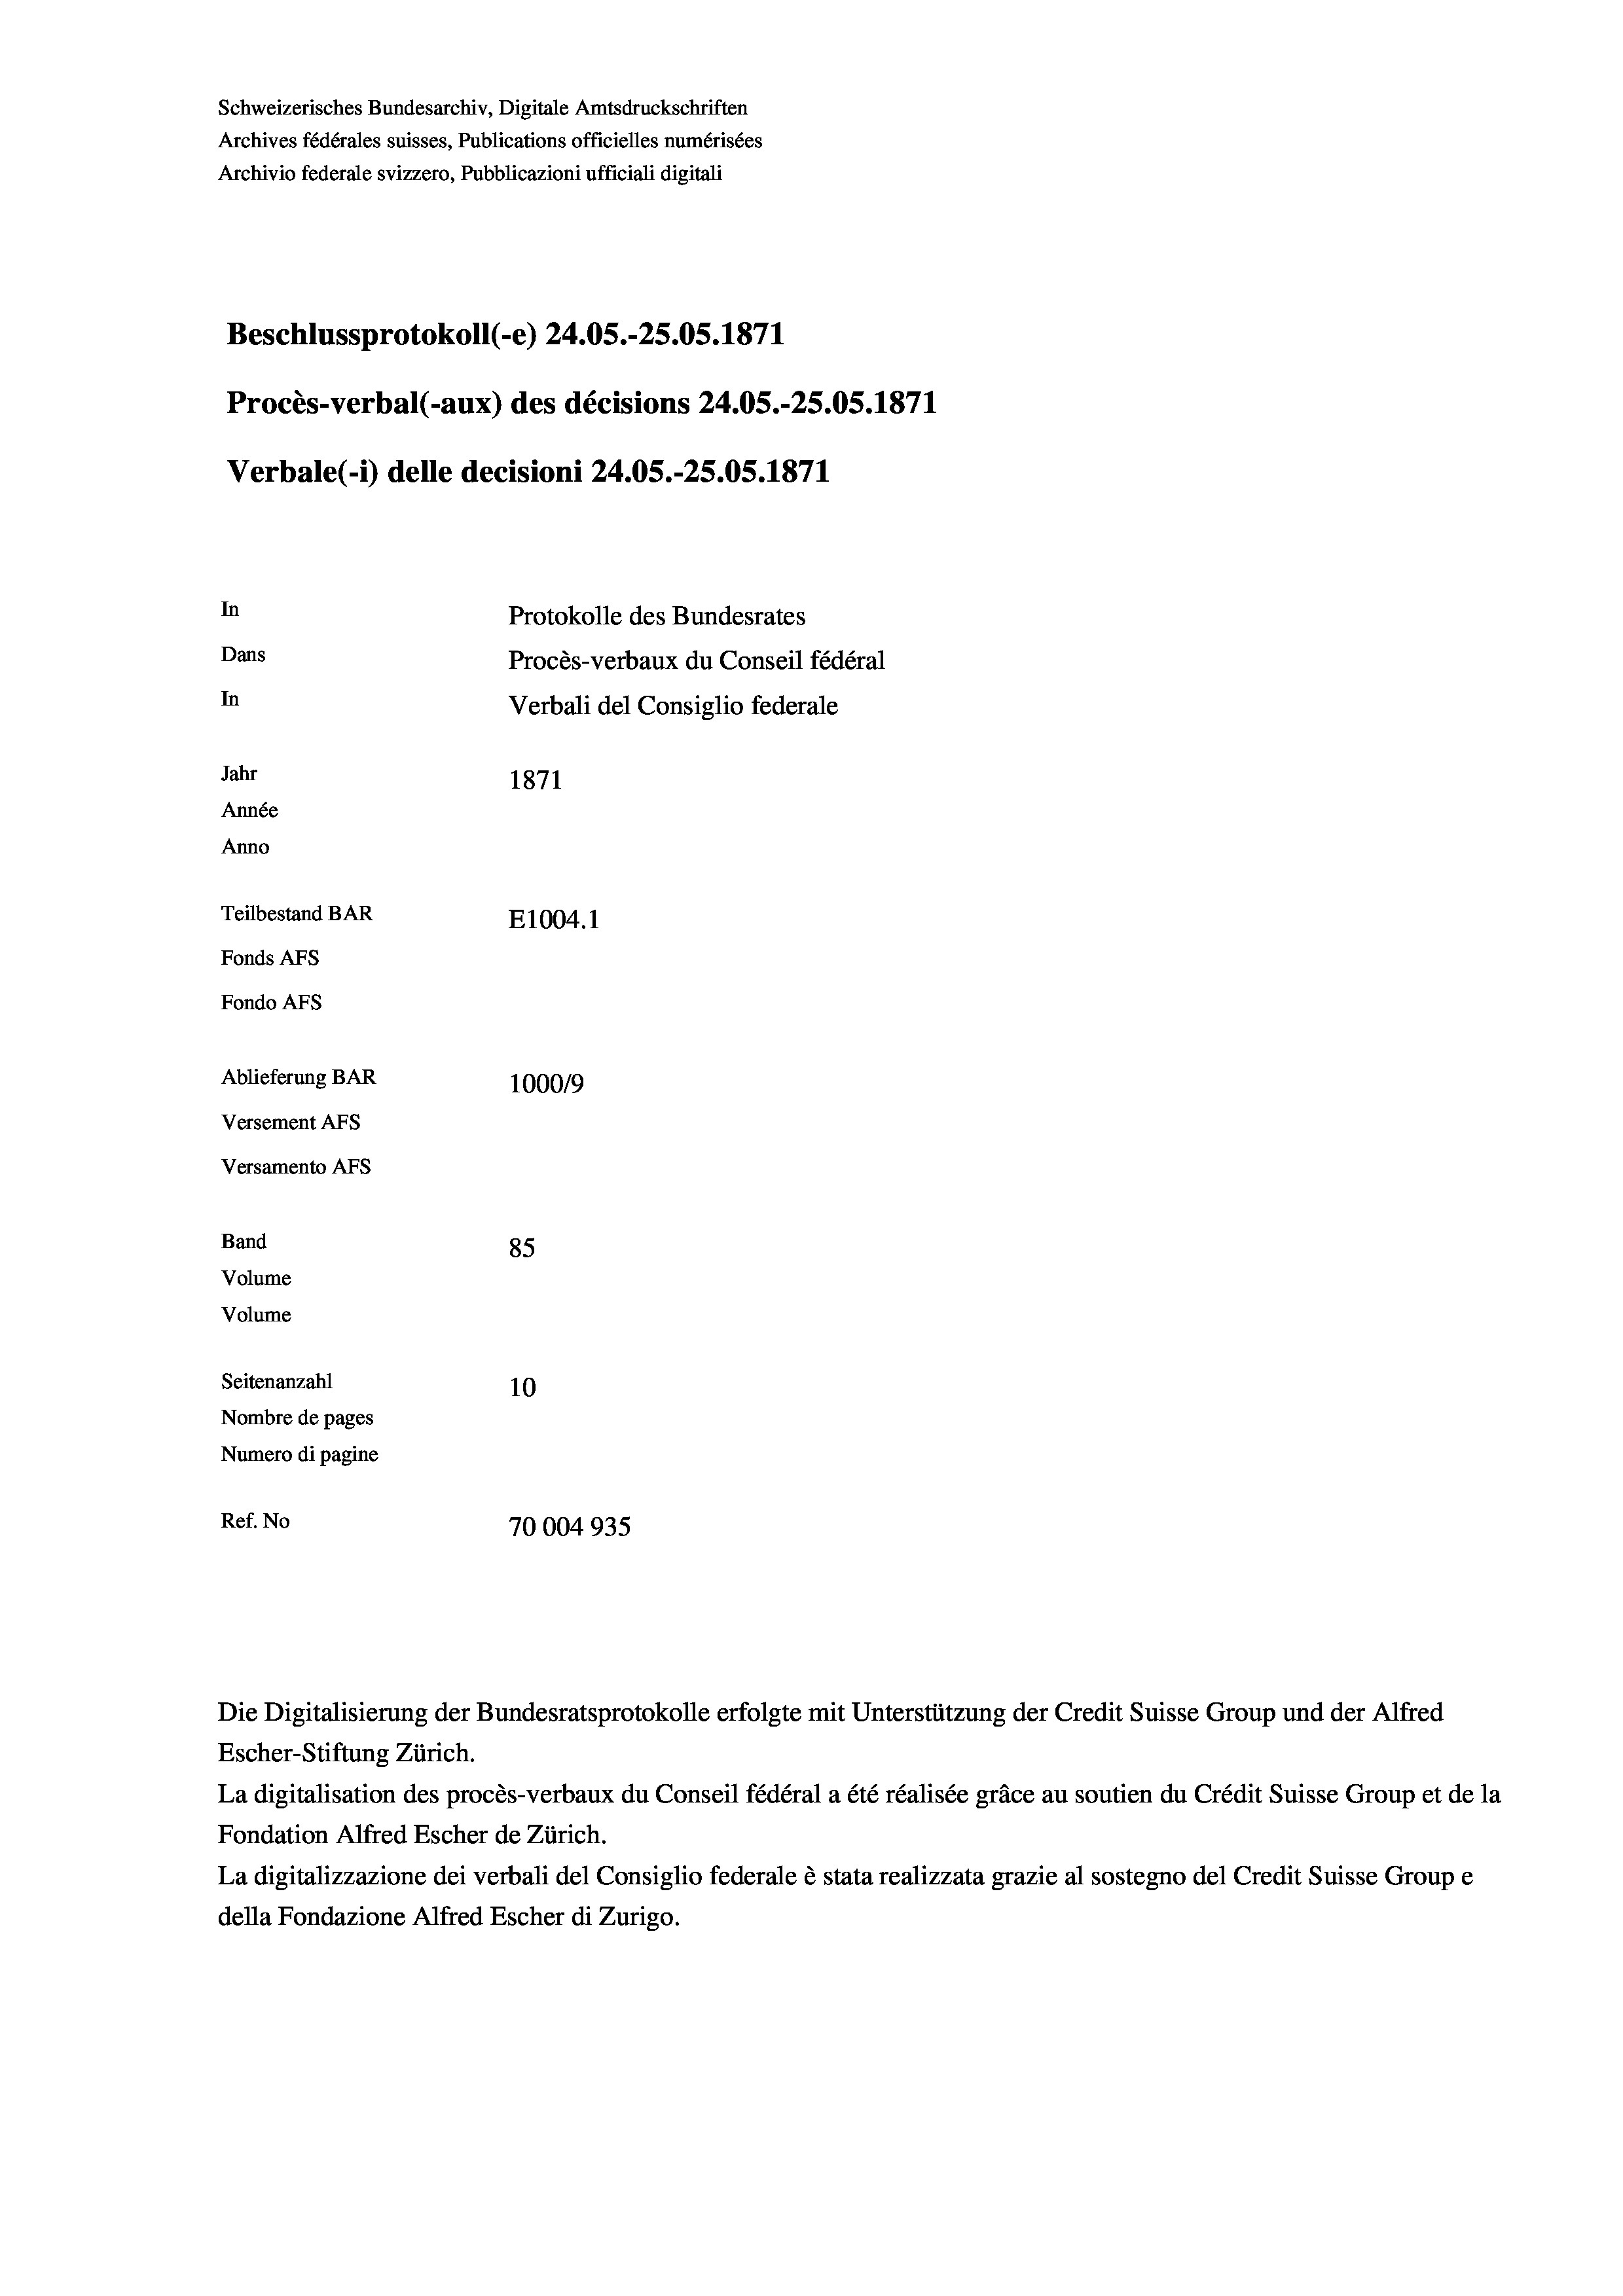
Schweizerisches Bundesarchiv, Digitale Amtsdruckschriften
Archives fédérales suisses, Publications officielles numérisées
Archivio federale svizzero, Pubblicazioni ufficiali digitali
Beschlussprotokoll (-e) 24.05.-25.05. 1871
Procès-verbal (-aux) des décisions 24.05.-25.05. 1871
Verbale(-*) delle decisioni 24.05.-25.05. 1871
In
Protokolle des Bundesrates
Dans
Procès-verbaux du Conseil fédéral
In
Verbali del Consiglio federale
Jahr
1871
Année
Anno
Teilbestand BAR
E1004. 1
Fonds AFs
Fondo AFS
Ablieferung BAR
100019
Versement AFs
Versamento AFs
Band
85
Volume
Volume
Seitenanzahl
10
Nombre de pages
Numero di pagine
Ref. No
70004935

Die Digitalisierung der Bundesratsprotokolle erfolgte mit Unterstützung der Credit Suisse Group und der Alfred
Escher-Stiftung Zürich.

La digitalisation des procès-verbaux du Conseil fédéral a été réalisée gräce au soutien du Crédit Suisse Group et de la
Fondation Alfred Escher de Zürich.
La digitalizzazione dei verbali del Consiglio federale è stata realizzata grazie al sostegno del Credit Suisse Groupe
della Fondazione Alfred Escher di Zurigo.